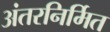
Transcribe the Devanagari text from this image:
अंतरनिर्मित